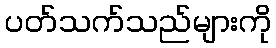
ပတ်သက်သည်များကို